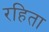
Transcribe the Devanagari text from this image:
रहिता